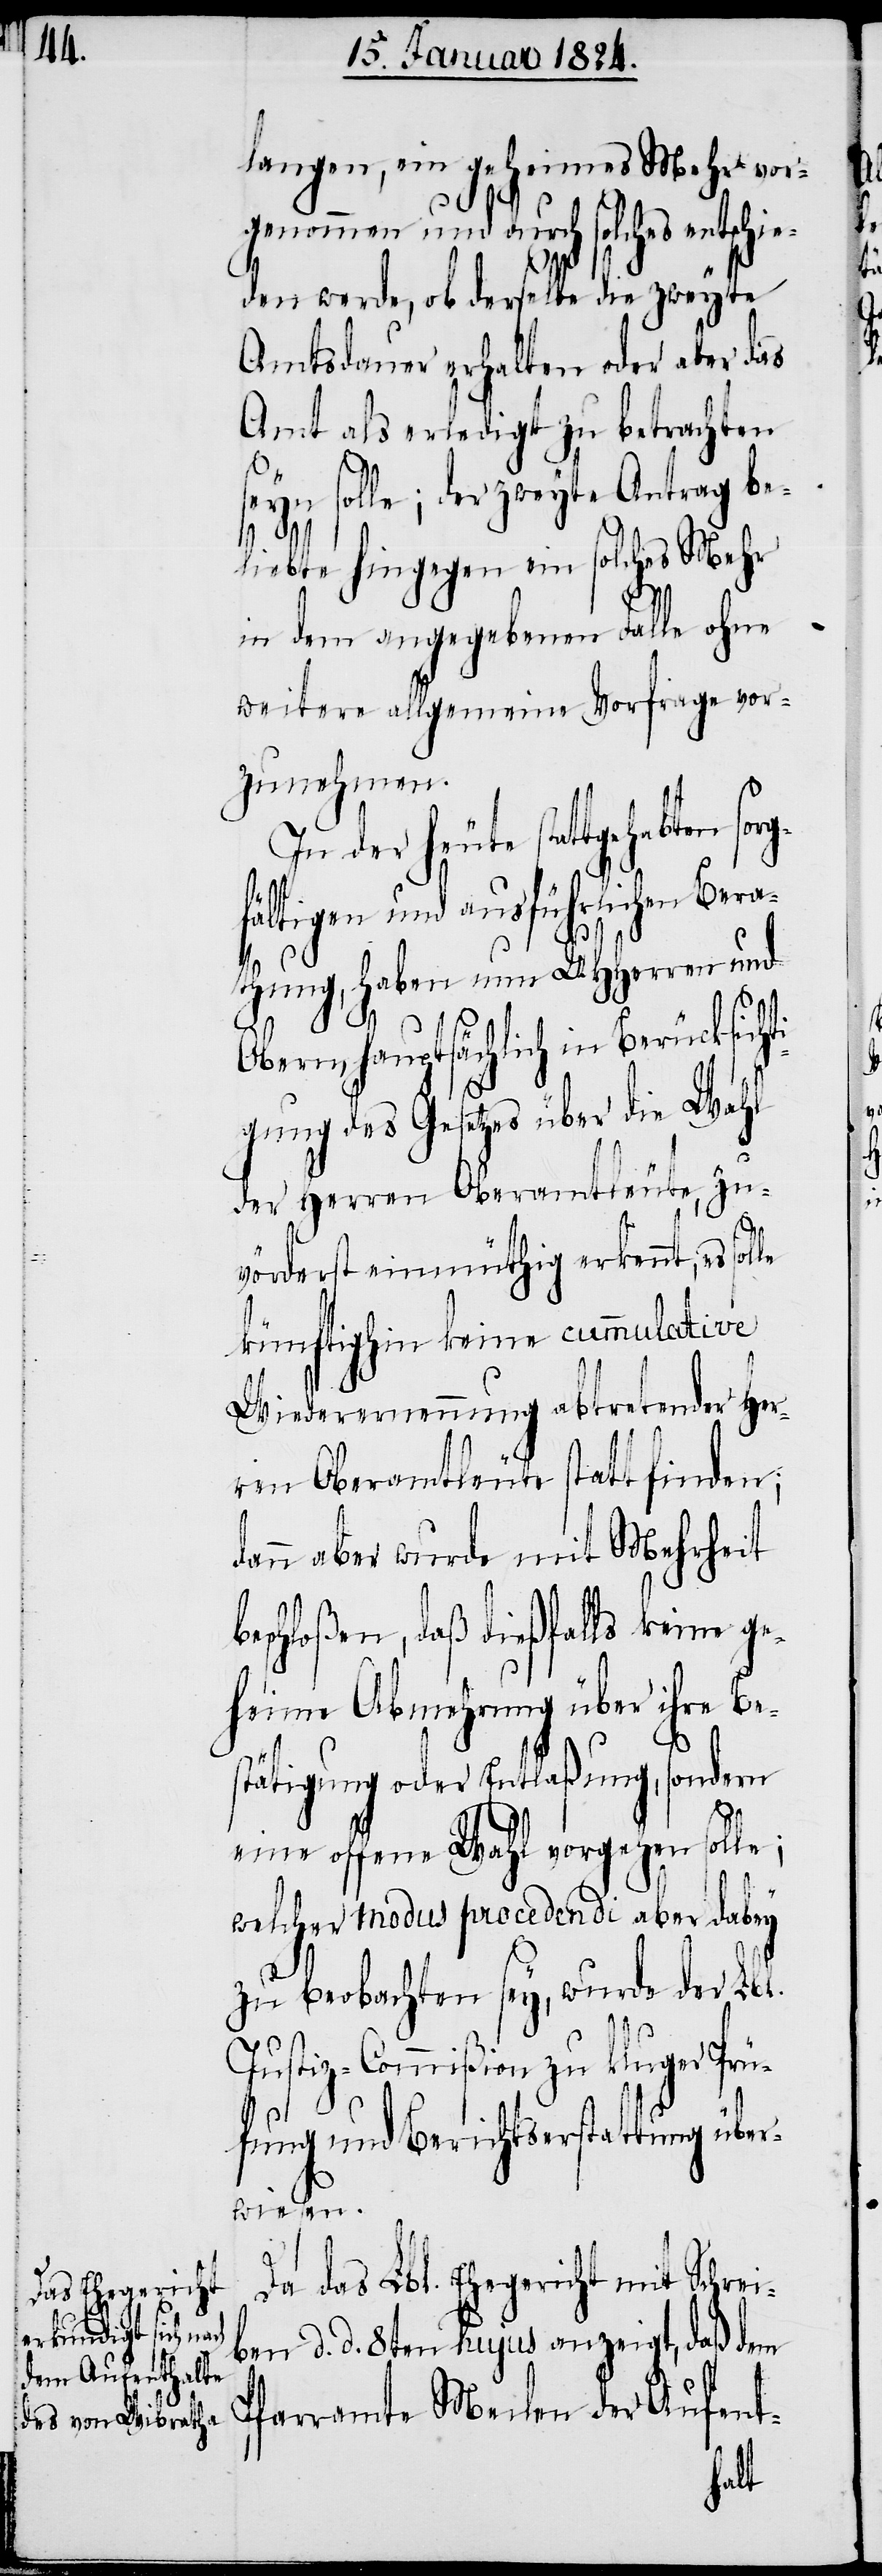
langen, ein geheimes Mehr vor¬
genommen und durch solches entschie¬
den werde, ob derselbe die zweyte
Amtsdauer erhalten oder aber das
Amt als erledigt zu betrachten
seyn solle; der zweyte Antrag be¬
liebte hingegen ein solches Mehr
in dem angegebenen Falle ohne
weitere allgemeine Vorfrage vor¬
zunehmen.
In der heute stattgehabten sor¬
ältigen und ausführlichen Bera¬
thung, haben UHHerren und
der
Aufen¬
t-
Obern, hauptsächlich in Berücksicht¬
igung des Gesetzes über die Wahl
der Herren Oberamtleute, zu¬
vörderst einmüthig erkennt, es
künftighin keine cummulative
Wiederernennung abtretender Her¬
ren Oberamtleute statt finden;
dann aber wurde mit Mehrheit
beschloßen, daß dießfalls keine ge¬
heime Abmehrung über ihre Be¬
stätigung oder Entlaßung, sondern
eine offene Wahl vorgehen solle;
welcher modus procedendi aber dabey
zu beobachten sey, wurde der Lbl.
Justiz-Commißion zu kluger Prü¬
fung und Berichtserstattung über¬
wiesen.
Da das Lbl. Ehegericht mit Schrei¬
ben d. d. 8ten hujus anzeigt, daß dem